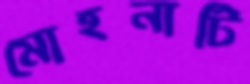
মোহনাটি